Plague in India, 1896, 1897 - Volume 2
Year: 1896
Disease focus: Plague
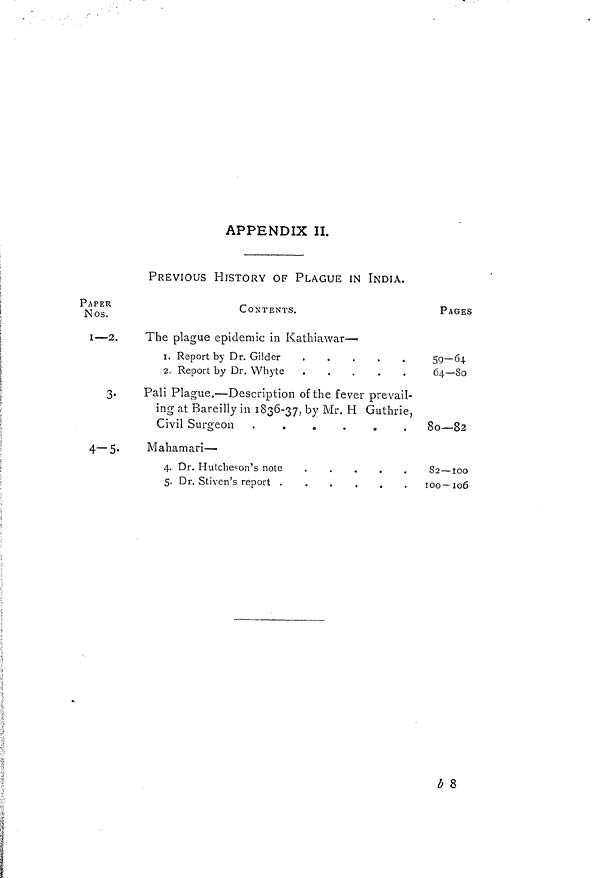
APPENDIX II.
PREVIOUS HISTORY OF PLAGUE IN INDIA.
PAPER
Nos.
1-22
3.
4-5
CONTENTS
The plague epidemic in Kathiawar—
1. Report by Dr. Gilder
2. Report by Dr. Whyte
Pali Plague. — Description of the fever prevail-
ing at Bareilly in 1836-37, by Mr. H Guthrie,
Civil Surgeon .
.
.
.
.
.
Mahamari —
4. Dr. Hulcheson's note
.
.
.
.
.
5. Dr. Stiven's report .
.
.
.
.
.
PAGES
59-64
64—80
80—82
82 — 100
l00- 106
b 8